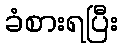
ခံစားရပြီး